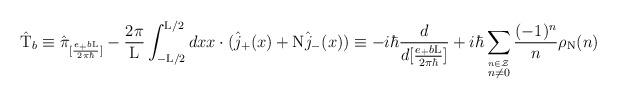
LaTeX: \begin{align*}\hat{\rm T}_{b} \equiv \hat{\pi}_{[\frac{e_{+}b{\rm L}}{2{\pi}{\hbar}}]} -\frac{2\pi}{\rm L} \int_{-{\rm L}/2}^{{\rm L}/2} dx x \cdot(\hat{j}_{+}(x) + {\rm N} \hat{j}_{-}(x)) \equiv-i \hbar \frac{d}{d[\frac{e_{+}b{\rm L}}{2{\pi}{\hbar}}]} + i{\hbar} \sum_{\stackrel{n \in \cal Z}{n \neq 0}} \frac{(-1)^n}{n} \rho_{\rm N}(n)\end{align*}